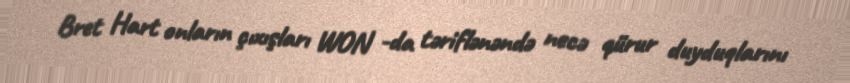
Bret Hart onların çıxışları WON -da təriflənəndə necə qürur duyduqlarını